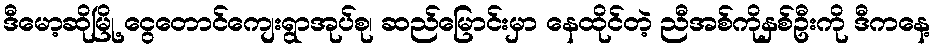
ဒီမော့ဆိုမြို့ ငွေတောင်ကျေးရွာအုပ်စု၊ ဆည်မြောင်းမှာ နေထိုင်တဲ့ ညီအစ်ကိုနှစ်ဦးကို ဒီကနေ့